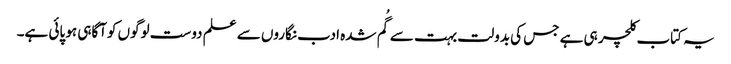
یہ کتاب کلچر ہی ہے جس کی بدولت بہت سے گُم شدہ ادب نگاروں سے علم دوست لوگوں کوآگاہی ہو پائی ہے۔